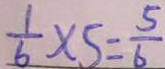
\frac { 1 } { 6 } \times 5 = \frac { 5 } { 6 }